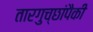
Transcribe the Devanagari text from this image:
तारगुच्छांपैकी